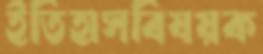
ইতিহাসবিষয়ক